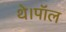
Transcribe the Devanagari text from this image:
थे।पॉल